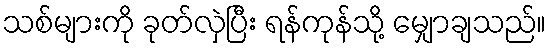
သစ်များကို ခုတ်လှဲပြီး ရန်ကုန်သို့ မျှောချသည်။